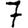
Digit: 7